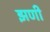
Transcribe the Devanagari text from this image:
झणी